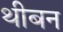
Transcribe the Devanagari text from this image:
थीबन